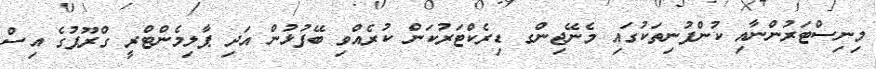
މިނިސްޓަރުންނާއި ކުންފުނިތަކުގައި މެނޭޖިންގ ޑިރެކްޓަރުކަން ކުރެއްވި ބޭފުޅުން އަދި ޕާލިމެންޓްރީ ގްރޫޕުގެ އިސް